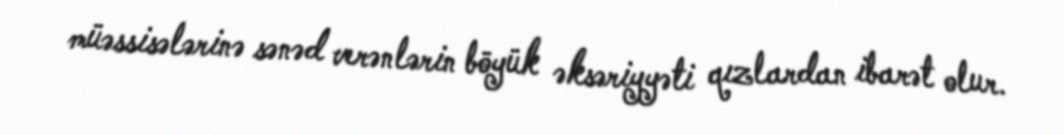
müəssisələrinə sənəd verənlərin böyük əksəriyyəti qızlardan ibarət olur.